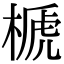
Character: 榹